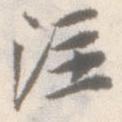
注